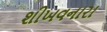
શીખવનારા